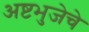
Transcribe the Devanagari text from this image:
अष्टभुजेचे